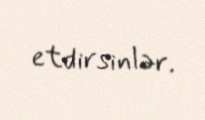
etdirsinlər.